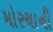
મોરચાની